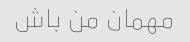
مهمان من باش